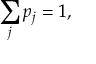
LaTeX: \sum _ { j } p _ { j } = 1 ,